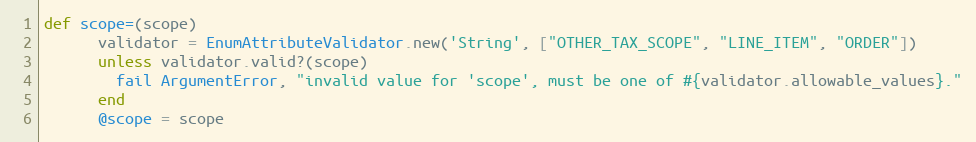
Language: Ruby
def scope=(scope)
      validator = EnumAttributeValidator.new('String', ["OTHER_TAX_SCOPE", "LINE_ITEM", "ORDER"])
      unless validator.valid?(scope)
        fail ArgumentError, "invalid value for 'scope', must be one of #{validator.allowable_values}."
      end
      @scope = scope